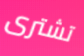
تشترى